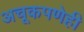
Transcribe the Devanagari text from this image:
अचूकपणेही